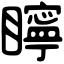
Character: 矃